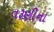
તરૂણીના